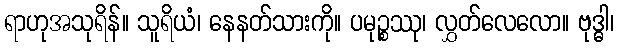
ရာဟုအသုရိန်။ သူရိယံ၊ နေနတ်သားကို။ ပမုဉ္စဿု၊ လွှတ်လေလော။ ဗုဒ္ဓါ၊